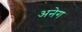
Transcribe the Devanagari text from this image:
अनेग